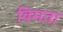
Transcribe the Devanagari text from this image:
विमता